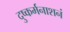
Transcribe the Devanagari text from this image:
दुष्कर्मनाशनं